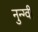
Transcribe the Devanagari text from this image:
नुन्ग्वी